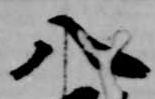
八